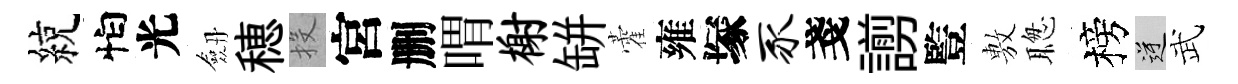
綂怕光劔穂投宮删喟榭缾藿雍塚豕戔謭䜿𢾾聦榜逆武